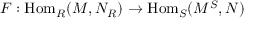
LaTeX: F : { \mathrm { H o m } } _ { R } ( M , N _ { R } ) \to { \mathrm { H o m } } _ { S } ( M ^ { S } , N )